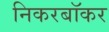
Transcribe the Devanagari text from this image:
निकरबॉकर